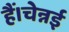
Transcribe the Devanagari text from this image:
हैं।चेन्नई